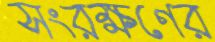
সংরক্ষণের